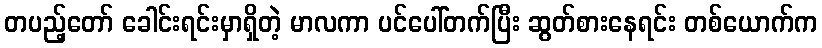
တပည့်တော် ခေါင်းရင်းမှာရှိတဲ့ မာလကာ ပင်ပေါ်တက်ပြီး ဆွတ်စားနေရင်း တစ်ယောက်က